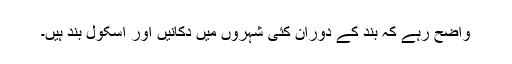
واضح رہے کہ بند کے دوران کئی شہروں میں دکانیں اور اسکول بند ہیں۔